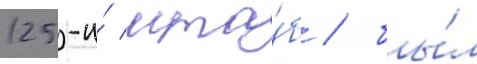
125-и́ мта́б / бы́л